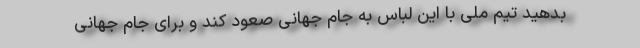
بدهید تیم ملی با این لباس به جام جهانی صعود کند و برای جام جهانی